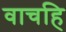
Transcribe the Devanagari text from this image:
वाचहि